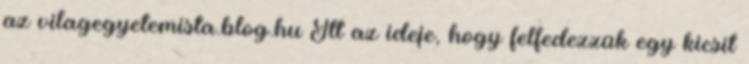
az vilagegyetemista.blog.hu Itt az ideje, hogy felfedezzük egy kicsit